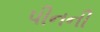
પીનની